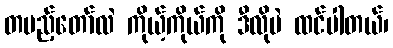
တပည့်တော်လဲ ကိုယ့်ကိုယ်ကို ဒီလိုပဲ ထင်ပါတယ်၊